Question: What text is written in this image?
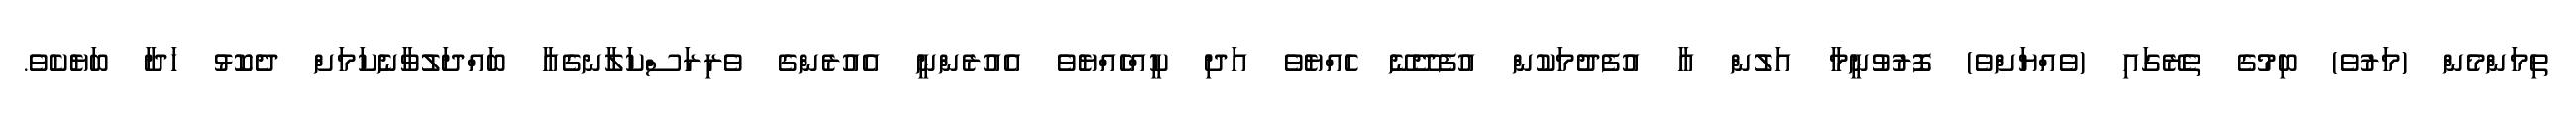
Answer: ތިމަންމެން (މަރުވެ) ބިމުގެ ތެރޭގައި (ވެއްޔަށްވެ) ފޮރުވުނީމާ އަލުން އާ އުފެދުމަކުން އުފެދޭނޭ ހެއްޔެވެ އަދި ކީއްހެއްޔެވެ އެއުރެންނީ އެއުރެންގެ ވެރިރަސްކަލާނގެއާ ބައްދަލުވާނެކަމަށް ދެކޮޅު ހަދާ ބަޔެކެވެ.